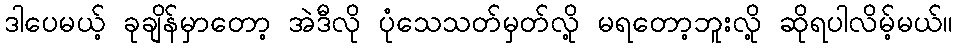
ဒါပေမယ့် ခုချိန်မှာတော့ အဲဒီလို ပုံသေသတ်မှတ်လို့ မရတော့ဘူးလို့ ဆိုရပါလိမ့်မယ်။